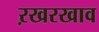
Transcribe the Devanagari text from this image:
ऱखरखाव